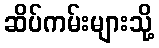
ဆိပ်ကမ်းများသို့